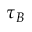
\tau _ { B }